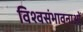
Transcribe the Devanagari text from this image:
विश्वसंभावनाओं